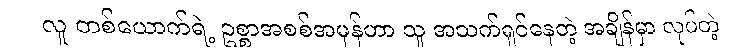
လူ တစ်ယောက်ရဲ့ ဥစ္စာအစစ်အမှန်ဟာ သူ အသက်ရှင်နေတဲ့ အချိန်မှာ လုပ်တဲ့